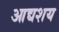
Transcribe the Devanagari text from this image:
आद्यशय